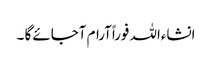
انشاءاللہ فوراًآرام آجائے گا ۔